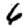
Digit: 6